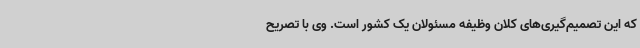
که این تصمیم‌گیری‌های کلان وظیفه مسئولان یک کشور است. وی با تصریح